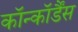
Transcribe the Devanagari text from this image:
कॉन्कॉर्डैंस